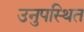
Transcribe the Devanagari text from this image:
उनुपस्थित